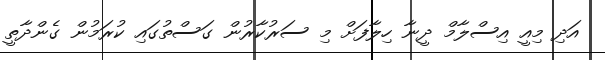
އަދި މިއީ އިސްލާމް ދީނާ ހިލާފަށް މި ސަރުކާރުން ގަސްތުގައި ކުރަމުން ގެންދާތީ